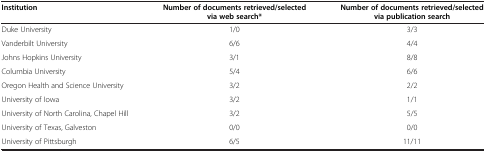
| Institution | Number of documents retrieved/selected via web search* | Number of documents retrieved/selected via publication search |
 | --- | --- | --- |
 | Duke University | 1/0 | 3/3 |
 | Vanderbilt University | 6/6 | 4/4 |
 | Johns Hopkins University | 3/1 | 8/8 |
 | Columbia University | 5/4 | 6/6 |
 | Oregon Health and Science University | 3/2 | 2/2 |
 | University of Iowa | 3/2 | 1/1 |
 | University of North Carolina, Chapel Hill | 3/2 | 5/5 |
 | University of Texas, Galveston | 0/0 | 0/0 |
 | University of Pittsburgh | 6/5 | 11/11 |